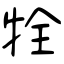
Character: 牷